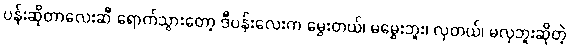
ပန်းဆိုတာလေးဆီ ရောက်သွားတော့ ဒီပန်းလေးက မွှေးတယ်၊ မမွှေးဘူး၊ လှတယ်၊ မလှဘူးဆိုတဲ့